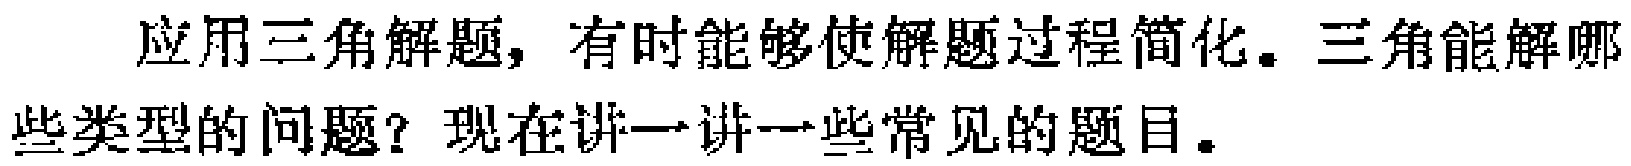
应用三角解题，有时能够使解题过程简化。三角能解哪些类型的问题？现在讲一讲一些常见的题目。